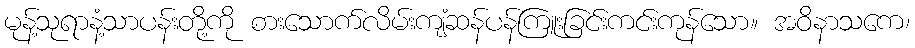
မုန့်သုရာနံ့သာပန်းတို့ကို စားသောက်လိမ်းကျံဆန်ပန်ကြူးခြင်းကင်းကုန်သော။ အဝိနာသကေ၊